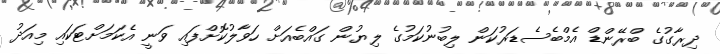
ދިރާގުގެ ބްރޭންޑް އެމްބެސެޑަރުކަން ލިބުނުކަމުގެ ލިޔުން ގައްބެއަށް ހަވާލުކޮށްފައި ވަނީ އެކަމަށްޓަކައި މިއަދު